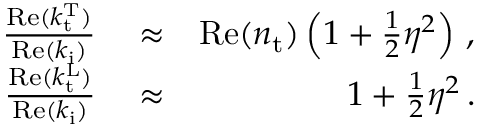
\begin{array} { r l r } { \frac { \mathrm { R e } ( k _ { \mathrm { t } } ^ { \mathrm { T } } ) } { \mathrm { R e } ( k _ { \mathrm { i } } ) } } & { { } \approx } & { \mathrm { R e } ( n _ { \mathrm { t } } ) \left( 1 + \frac { 1 } { 2 } \eta ^ { 2 } \right) \, , } \\ { \frac { \mathrm { R e } ( k _ { \mathrm { t } } ^ { \mathrm { L } } ) } { \mathrm { R e } ( k _ { \mathrm { i } } ) } } & { { } \approx } & { 1 + \frac { 1 } { 2 } \eta ^ { 2 } \, . } \end{array}